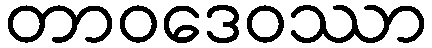
တာဝဒေဝဿာ